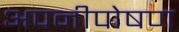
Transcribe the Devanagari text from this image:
अपनीपोषण